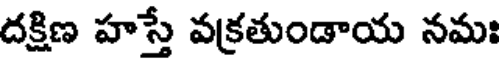
దక్షిణ హస్తే వక్రతుండాయ నమః